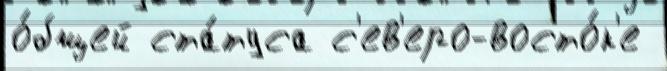
о́бщей ста́туса с'ев'еро-восто́к'е